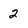
Character: 2